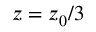
z = z _ { 0 } / 3